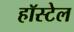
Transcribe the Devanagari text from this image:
हॉस्टेल